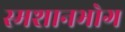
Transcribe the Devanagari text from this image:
स्मशानभोग